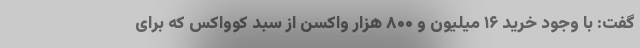
گفت: با وجود خرید ۱۶ میلیون و ۸۰۰ هزار واکسن از سبد کوواکس که برای